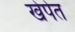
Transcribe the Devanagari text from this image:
खेपेत